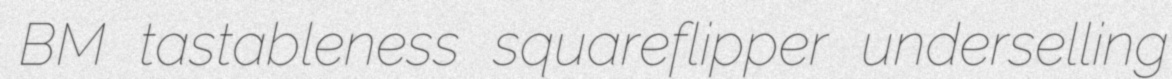
BM tastableness squareflipper underselling